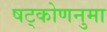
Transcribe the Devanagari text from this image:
षट्कोणनुमा